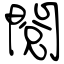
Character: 閱